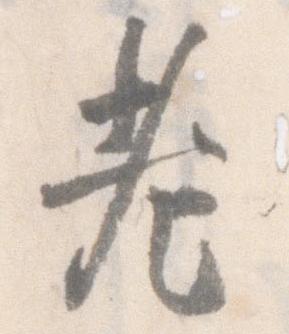
老